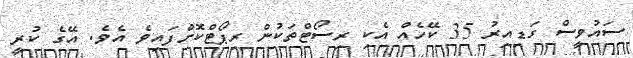
ސައުވީސް ގަޑިއިރު 35 ކޭހެއް އެކި ރިސޯޓްތަކުން ރިޕޯޓްކޮށްފައިވެ އެވެ. އޭގެ ކުރީ